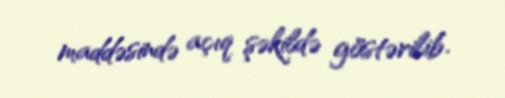
maddəsində açıq şəkildə göstərilib.